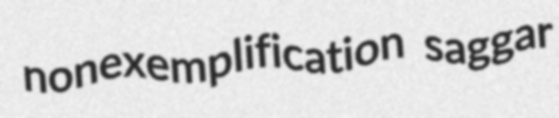
nonexemplification saggar